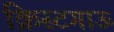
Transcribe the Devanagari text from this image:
क्रिस्टगाऊ